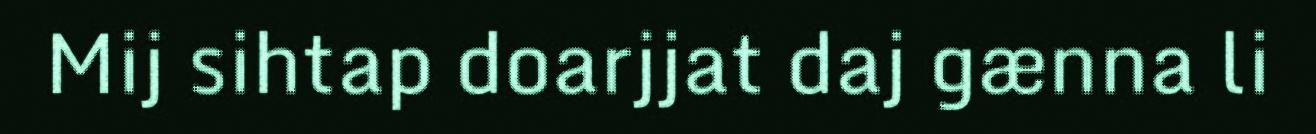
Mij sihtap doarjjat daj gænna li